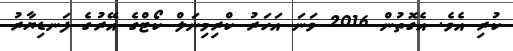
ކުރި އެވެ. އެގޮތުން 2016 ވަނަ އަހަރު ކްރިމިނަލް ކޯޓްގެ އޭރުގެ ފަނޑިޔާރު